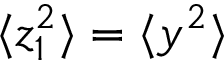
\langle z _ { 1 } ^ { 2 } \rangle = \langle y ^ { 2 } \rangle